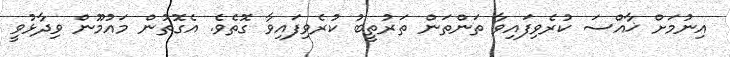
އިނުމަށް ޚާއްސަ ކުރެވިފައިވާ ތަންތަން ތަރުތީބު ކުރެވިފައިވާ ގޮތެވެ. އެގޮތުން މައުމޫން ވިދާޅުވީ